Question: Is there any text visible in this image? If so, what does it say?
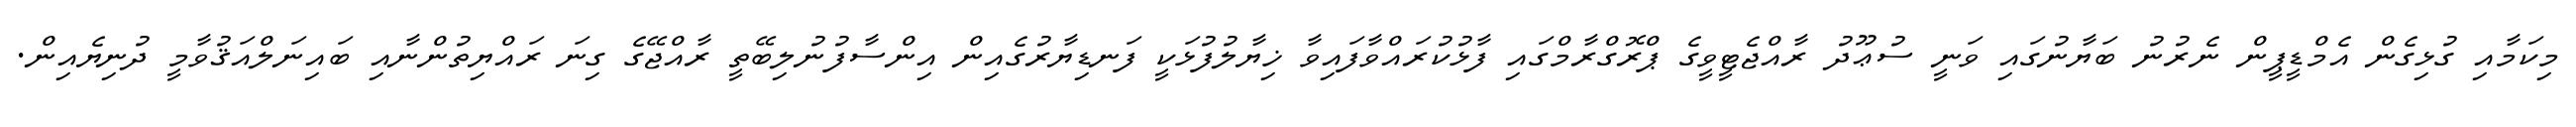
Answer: މިކަމާއި ގުޅިގެން އެމްޑީޕީން ނެރުނު ބަޔާނުގައި ވަނީ ސުޢޫދު ރާއްޖެޓީވީގެ ޕްރޮގްރާމްގައި ފާޅުކުރައްވާފައިވާ ޚިޔާލުފުޅަކީ ފަނޑިޔާރުގެއިން އިންސާފުނުލިބޭތީ ރާއްޖޭގެ ގިނަ ރައްޔިތުންނާއި ބައިނަލްއަޤުވާމީ ދުނިޔެއިން.